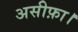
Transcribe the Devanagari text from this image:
असीफ़ा।